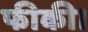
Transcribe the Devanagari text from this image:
फीकी।